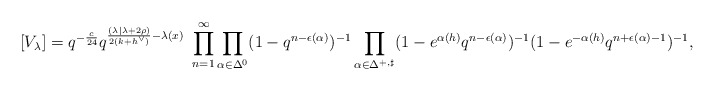
\begin{align*}[V_\lambda] = q^{-\frac{c}{24}} q^{\frac{(\lambda| \lambda + 2\rho) }{2(k+h^\vee)} -\lambda(x)}\ \prod_{n=1}^\infty \prod_{\alpha \in \Delta_{}^{0}} (1-q^{n-\epsilon(\alpha)})^{-1} \prod_{\alpha \in \Delta_{}^{+, \sharp}}(1-e^{\alpha(h)}q^{n-\epsilon(\alpha)})^{-1} (1-e^{-\alpha(h)}q^{n+\epsilon(\alpha)-1})^{-1},\end{align*}